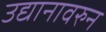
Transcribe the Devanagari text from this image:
उद्यानावरुन